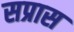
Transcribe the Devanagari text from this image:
सप्रास